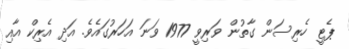
ޕެޓީ ހެރިސަން ގާތުން ވަރިވީ 1977 ވަނަ އަހަރުގައެވެ. އަދި އެރިކް އާއި